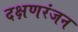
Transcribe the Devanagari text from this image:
दक्षणरंजन